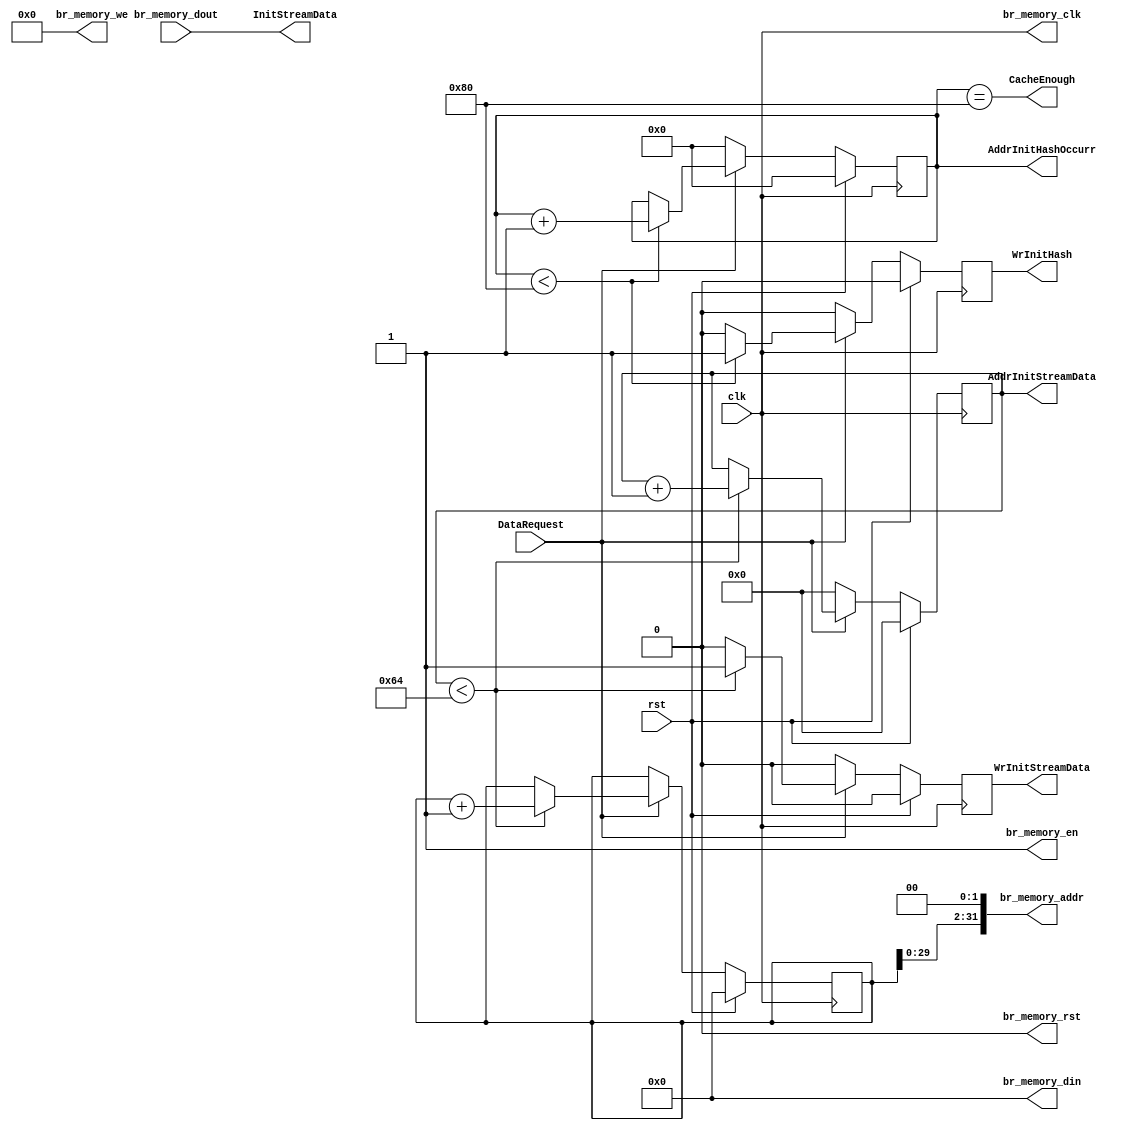
module MemoryController(
	input clk,
	input rst,

	input DataRequest,
	output CacheEnough,
	
    output [31:0] br_memory_addr,
    output br_memory_clk,
    output [31:0] br_memory_din,
    input [31:0] br_memory_dout,
    output br_memory_en,
    output br_memory_rst,
    output [3:0] br_memory_we,
	
	output reg WrInitStreamData,
	output reg [LENGTH_ARRAY_WIDTH_BIT-1:0] AddrInitStreamData,
	output [DATA_INDEX_WIDTH-1:0] InitStreamData,
	
	output reg WrInitHash,
	output reg [LENGTH_HASH_ARRAY_WIDTH_BIT-1:0] AddrInitHashOccurr
);
	 
//Define parameter//
parameter LENGTH_ARRAY = 100;
parameter NUM_PROCESSOR = 3;
parameter DATA_INDEX_WIDTH = 32;
parameter BIT_ON_TAILS = 7;

localparam integer NUM_STATE_WIDTH_BIT = log2(NUM_STATE);
localparam integer LENGTH_ARRAY_WIDTH_BIT = log2(LENGTH_ARRAY);
localparam integer LENGTH_HASH_ARRAY = 1 << BIT_ON_TAILS;
localparam integer LENGTH_HASH_ARRAY_WIDTH_BIT = log2((1 << BIT_ON_TAILS + 1));
localparam integer MASK = (1 << BIT_ON_TAILS) - 1;
localparam integer NUM_STATE = 9;

function [31:0] log2;
	input [31:0] value;
	integer l;
	begin
		log2 = 0;
		for (l = 0; (1<<l) < value; l = l + 1)
			log2 = l+1;
	end
endfunction

reg [31:0] addr;

always @(posedge clk)
begin
	if (rst)
		begin
			WrInitStreamData <= 0;
			AddrInitStreamData <= 0;
			addr <= 0;
		end
	else
		begin
			if (DataRequest)
				begin
					if (AddrInitStreamData < LENGTH_ARRAY)
						begin
							WrInitStreamData <= 1;
							AddrInitStreamData <= AddrInitStreamData + 1;
							addr <= addr + 1;
						end
					else
						begin
							WrInitStreamData <= 0;
						end
				end
			else
				begin
				    AddrInitStreamData <= 0;
					WrInitStreamData <= 0;
				end
		end
end



always @(posedge clk)
begin
	if (rst)
		begin
			WrInitHash <= 0;
			
			AddrInitHashOccurr <= 0;
		end
	else
		begin
			if (DataRequest)
				begin
					if (AddrInitHashOccurr < LENGTH_HASH_ARRAY)
						begin
							WrInitHash <= 1;
							AddrInitHashOccurr <= AddrInitHashOccurr + 1;
						end
					else
						begin
							WrInitHash <= 0;
						end
				end
			else
				begin
					WrInitHash <= 0;
					AddrInitHashOccurr <= 0;
				end


		end
end

assign CacheEnough = (AddrInitHashOccurr == LENGTH_HASH_ARRAY);

//Block RAM Controller//
assign br_memory_addr = addr << 2;
assign br_memory_clk = clk;
assign br_memory_din = 0;
assign br_memory_en = 1;
assign br_memory_rst = 0;
assign br_memory_we = 0;
assign InitStreamData = br_memory_dout;

endmodule